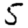
Digit: 5